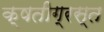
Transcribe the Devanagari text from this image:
क्षतीग्रस्त